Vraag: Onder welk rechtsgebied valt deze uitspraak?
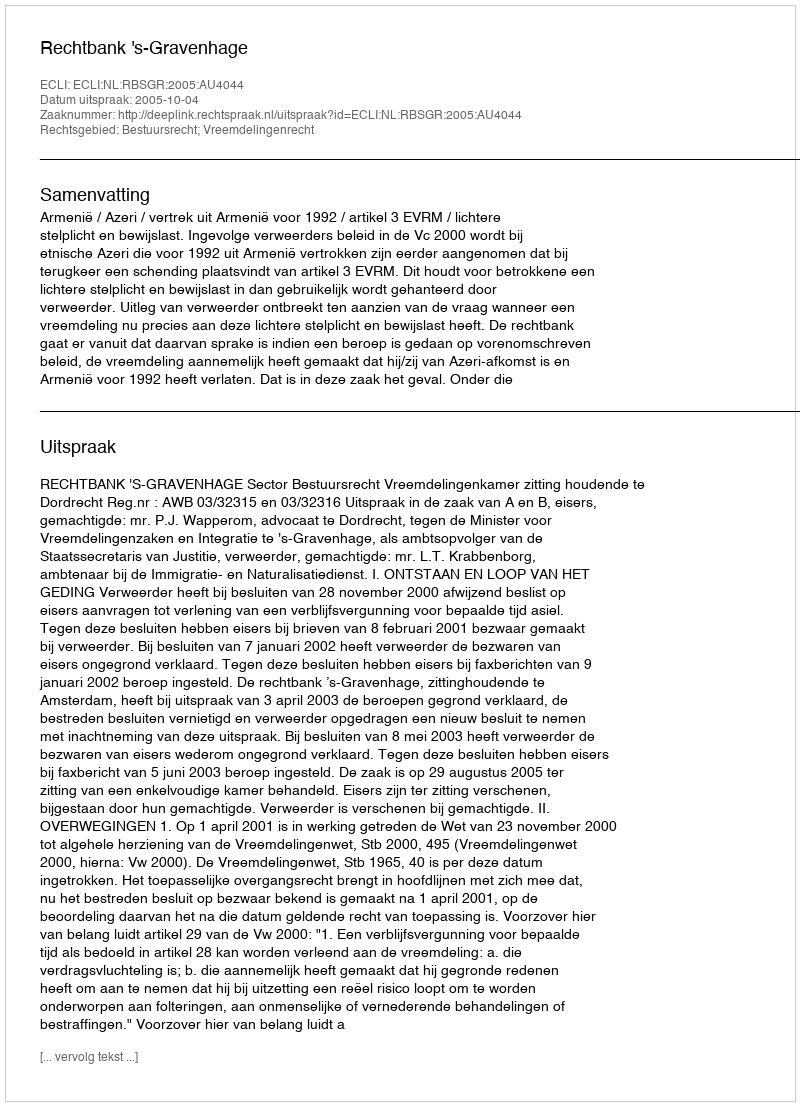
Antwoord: Bestuursrecht; Vreemdelingenrecht